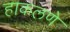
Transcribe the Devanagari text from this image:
हाकलणे